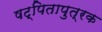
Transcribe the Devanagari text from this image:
षट्पितापुत्रक